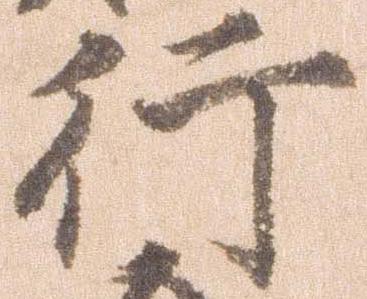
行